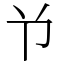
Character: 兯